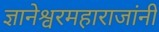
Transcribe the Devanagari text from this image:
ज्ञानेश्वरमहाराजांनी